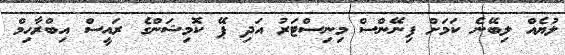
ލުޔެއް ލިބޭނެ ކަމަށް ފިނޭންސް މިނިސްޓަރު އަދި ޕޭ ކޮމިޝަންގެ ރައީސް އިބްރާހިމް